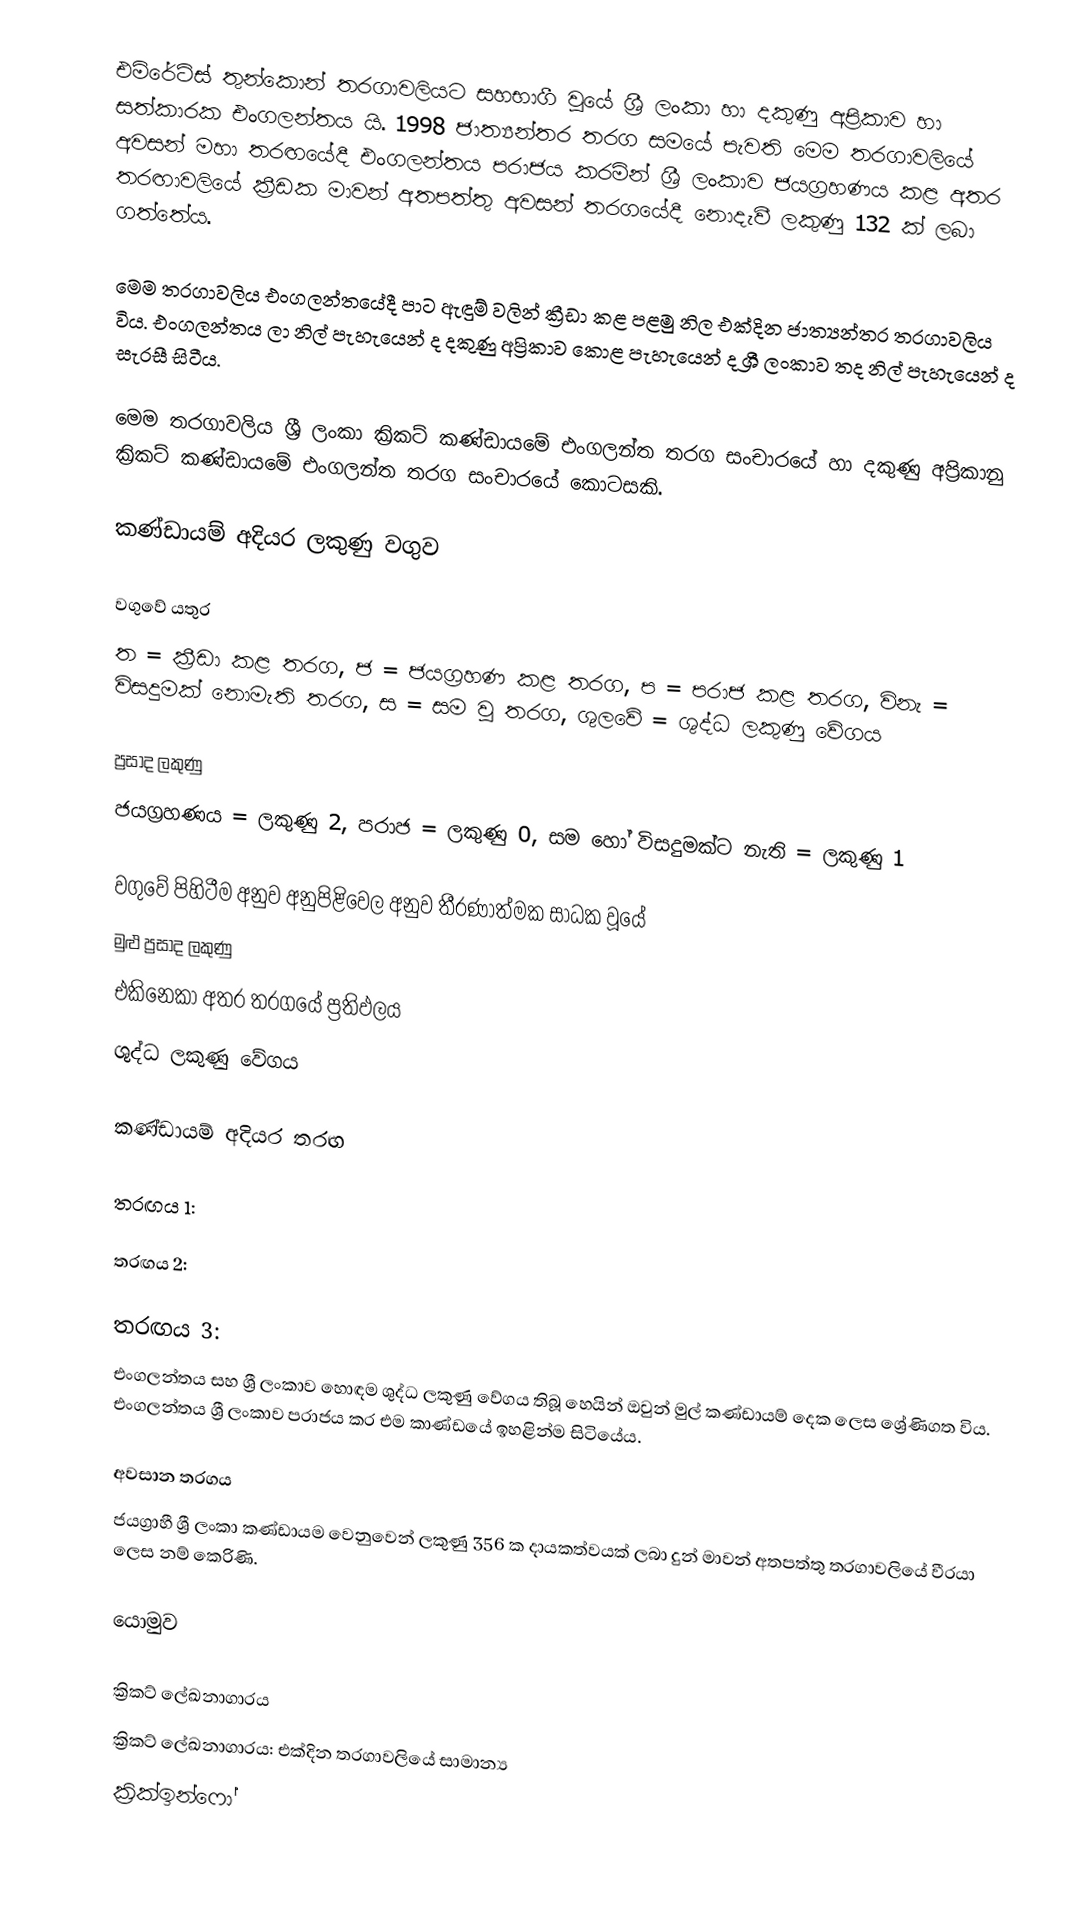
එමිරේට්ස් තුන්කොන් තරගාවලියට සහභාගී වූයේ ශ්‍රී ලංකා හා දකුණු අප්‍රිකාව හා සත්කාරක එංගලන්තය යි. 1998 ජාත්‍යන්තර තරග සමයේ පැවති මෙම තරගාවලියේ අවසන් මහා තරඟයේදී එංගලන්තය පරාජය කරමින් ශ්‍රී ලංකාව ජයග්‍රහණය කළ අතර තරඟාවලියේ ක්‍රීඩක මාවන් අතපත්තු අවසන් තරගයේදී නොදැවී ලකුණු 132 ක් ලබා ගත්තේය.

මෙම තරගාවලිය එංගලන්තයේදී පාට ඇඳුම් වලින් ක්‍රීඩා කළ පළමු නිල එක්දින ජාත්‍යන්තර තරගාවලිය විය. එංගලන්තය ලා නිල් පැහැයෙන් ද දකුණු අප්‍රිකාව කොළ පැහැයෙන් ද ශ්‍රී ලංකාව තද නිල් පැහැයෙන් ද සැරසී සිටීය.

මෙම තරගාවලිය ශ්‍රී ලංකා ක්‍රිකට් කණ්ඩායමේ එංගලන්ත තරග සංචාරයේ හා දකුණු අප්‍රිකානු ක්‍රිකට් කණ්ඩායමේ එංගලන්ත තරග සංචාරයේ කොටසකි.

කණ්ඩායම් අදියර ලකුණු වගුව

වගුවේ යතුර
ත = ක්‍රීඩා කළ තරග, ජ = ජයග්‍රහණ කළ තරග, ප = පරාජ කළ තරග, විනැ = විසදුමක් නොමැති තරග, ස = සම වූ තරග, ශුලවේ = ශුද්ධ ලකුණු වේගය

ප්‍රසාද ලකුණු
ජයග්‍රහණය = ලකුණු 2, පරාජ = ලකුණු 0, සම හෝ විසදුමක්ට නැති = ලකුණු 1

වගුවේ පිහිටීම අනුව අනුපිළිවෙල අනුව තීරණාත්මක සාධක වූයේ
 මුළු ප්‍රසාද ලකුණු
 එකිනෙකා අතර තරගයේ ප්‍රතිඵලය
 ශුද්ධ ලකුණු වේගය

කණ්ඩායම් අදියර තරඟ

තරඟය 1:

තරඟය 2:

තරඟය 3:
එංගලන්තය සහ ශ්‍රී ලංකාව හොඳම ශුද්ධ ලකුණු වේගය තිබූ හෙයින් ඔවුන් මුල් කණ්ඩායම් දෙක ලෙස ශ්‍රේණිගත විය. එංගලන්තය ශ්‍රී ලංකාව පරාජය කර එම කාණ්ඩයේ ඉහළින්ම සිටියේය.

අවසාන තරගය
ජයග්‍රාහී ශ්‍රී ලංකා කණ්ඩායම වෙනුවෙන් ලකුණු 356 ක දායකත්වයක් ලබා දුන් මාවන් අතපත්තු තරගාවලියේ වීරයා ලෙස නම් කෙරිණි.

යොමුව

 ක්‍රිකට් ලේඛනාගාරය
 ක්‍රිකට් ලේඛනාගාරය: එක්දින තරගාවලියේ සාමාන්‍ය
 ක්‍රික්ඉන්ෆෝ